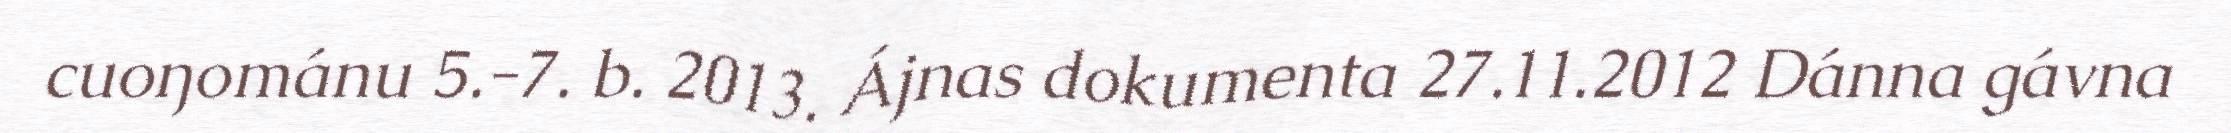
cuoŋománu 5.-7. b. 2013. Ájnas dokumenta 27.11.2012 Dánna gávna